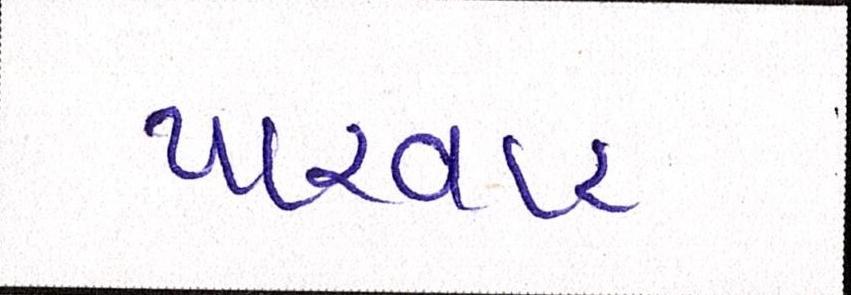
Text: પારવાર